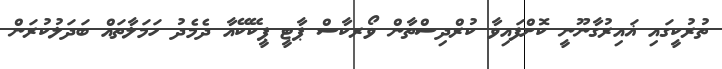
ތުރުކީގައި ޣައިރުގާނޫނީ ކޮށްފައިވާ ކުރްދިސްތާން ވޯރކާސް ޕާޓީ ޕީކޭކޭއާ ދެމެދު ހަމަލާތައް ބަދަލުކުރަން